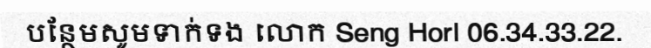
បន្ថែមសូមទាក់ទង លោក Seng Horl 06.34.33.22.